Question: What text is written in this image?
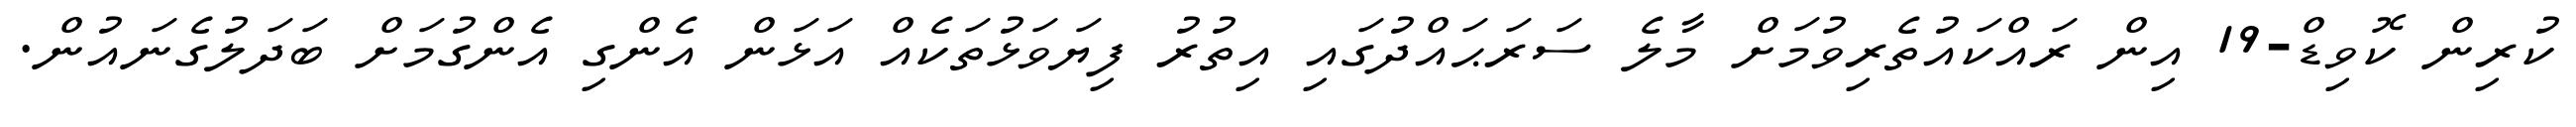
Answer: ކުރިން ކޮވިޑް-19 އިން ރައްކައުތެރިވުމަށް މާލެ ސަރަޙައްދުގައި އިތުރު ފިޔަވަޅުތަކެއް އަޅަން އެންގި އެންގުމަށް ބަދަލުގެނައުން.